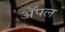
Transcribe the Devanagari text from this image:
अॅपल